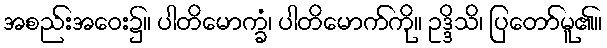
အစည်းအဝေး၌။ ပါတိမောက္ခံ၊ ပါတိမောက်ကို။ ဥဒ္ဒိသိ၊ ပြတော်မူ၏။